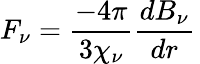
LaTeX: F_{\nu}={\frac{-4\pi}{3\chi_{\nu}}}{\frac{dB_{\nu}}{dr}}\,